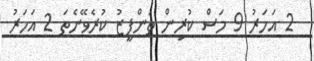
2 އަހަރު 9 މަސް ކުރިން ތަންފީޒު ކުރެވޭނެތަ 2 އަހަރު